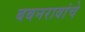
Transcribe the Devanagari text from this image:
बबनरावांचे